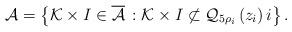
LaTeX: \begin{align*} \mathcal{A}=\left\{\mathcal{K}\times I\in\overline{\mathcal{A}}\, : \mathcal{K}\times I\not\subset \mathcal{Q}_{5\rho_{{i}}}\left(z_{i}\right)i \right\}.\end{align*}